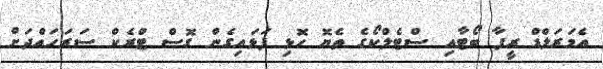
އެމަރަލްޑް ރީފާ ބޯޓާއި ސްޓެލްކޯގެ ތެޔޮ ހޮޅި ފަޅައިގެން ގޮސް ޓްރެކް ސަރަހައްދަށް